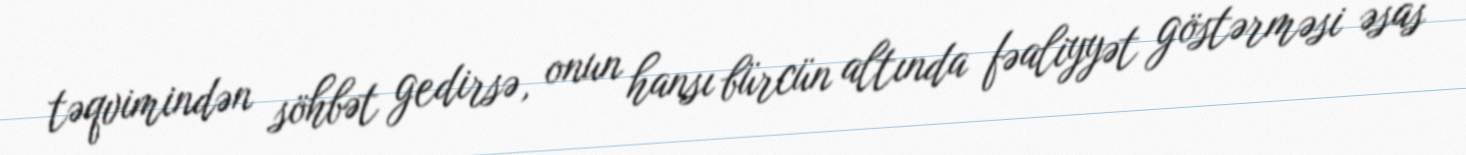
təqvimindən söhbət gedirsə, onun hansı bürcün altında fəaliyyət göstərməsi əsas